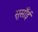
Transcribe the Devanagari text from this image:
सुसाँई